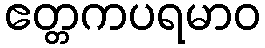
ဧတ္တကပရမာဝ